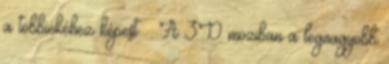
a többiekéhez képest. : A 3D moziban a legnagyobb